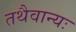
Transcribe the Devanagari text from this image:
तथैवान्यः